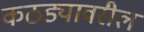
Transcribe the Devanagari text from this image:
कठड्यावरील